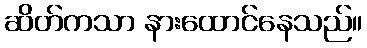
ဆိတ်ကသာ နားထောင်နေသည်။